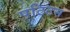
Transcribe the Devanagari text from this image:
पटिटस